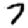
Digit: 7